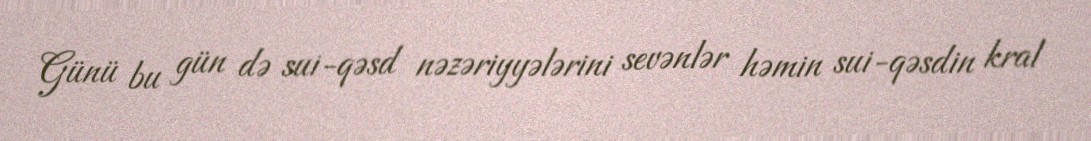
Günü bu gün də sui-qəsd nəzəriyyələrini sevənlər həmin sui-qəsdin kral